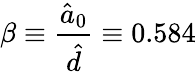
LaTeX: \beta\equiv\frac{\hat{a}_{0}}{\hat{d}}\equiv 0.584